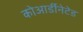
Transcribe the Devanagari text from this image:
कोआर्डीनेटेड